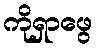
ကိုရှာဖွေ